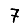
Digit: 7